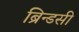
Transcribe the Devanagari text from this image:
ब्रिन्डसी